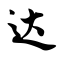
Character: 达